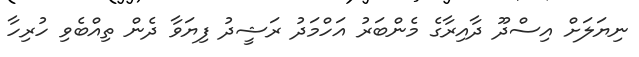
ނިޔަލަށް އިސްދޫ ދާއިރާގެ މެންބަރު އަހްމަދު ރަޝީދު ފިޔަވާ ދެން ތިއްބެވި ހުރިހާ